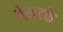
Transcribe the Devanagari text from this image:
बेख़टके